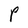
Character: P